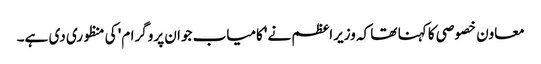
معاون خصوصی کا کہنا تھا کہ وزیراعظم نے 'کامیاب جوان پروگرام' کی منظوری دی ہے۔